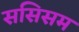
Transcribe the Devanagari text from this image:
ससिसम